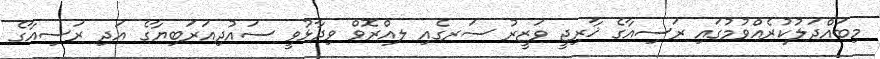
މިބައްދަލުކުރެއްވުމުގައި ރަސިއާގެ ޚާރިޖީ ވަޒީރު ސަރގެއި ލއްރޮވް ވިދާޅުވީ ސައުދިއަަރަބިޔާގެ އަދި ރަސިއާގެ